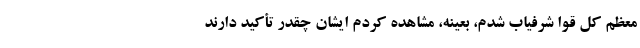
معظم کل قوا شرفیاب شدم، بعینه، مشاهده کردم ایشان چقدر تأکید دارند